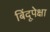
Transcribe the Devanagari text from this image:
बिंदूपेक्षा